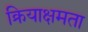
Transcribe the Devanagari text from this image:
क्रियाक्षमता